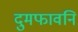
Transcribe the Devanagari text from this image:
दुमफावनि